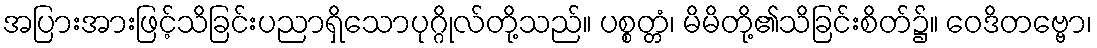
အပြားအားဖြင့်သိခြင်းပညာရှိသောပုဂ္ဂိုလ်တို့သည်။ ပစ္စတ္တံ၊ မိမိတို့၏သိခြင်းစိတ်၌။ ဝေဒိတဗ္ဗော၊